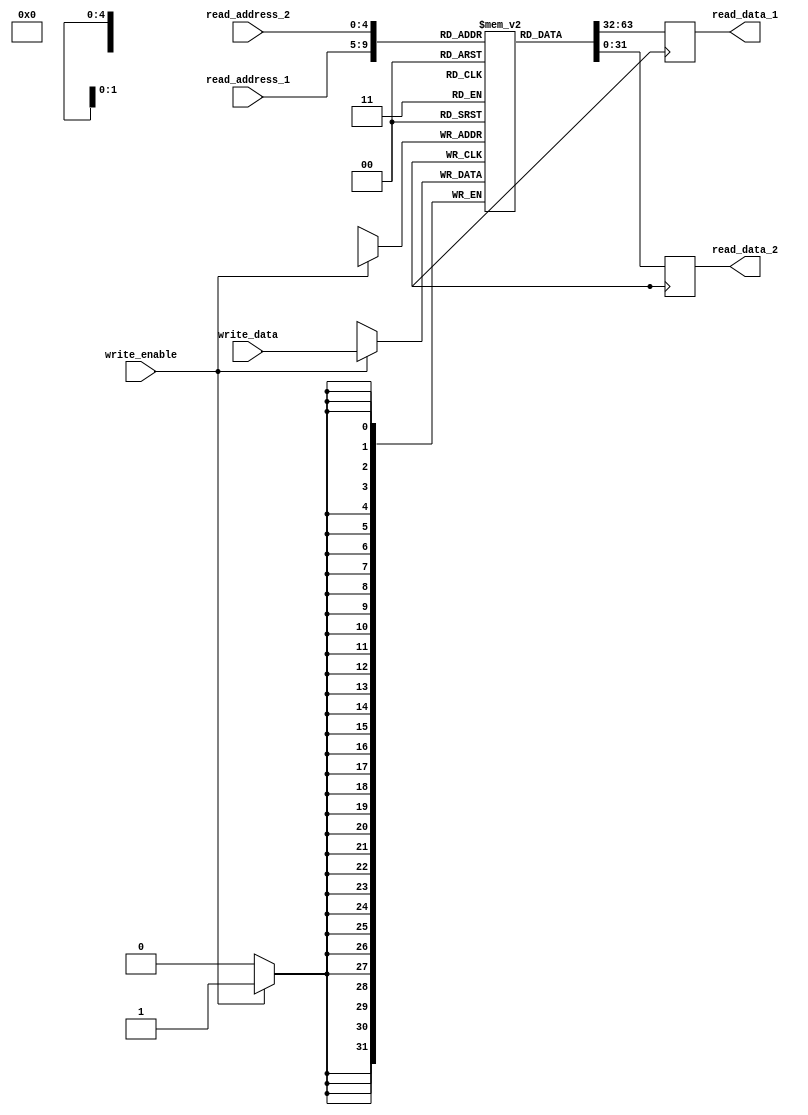
module register_file (
  input wire [31:0] write_data,
  input wire write_enable,
  input wire [4:0] read_address_1,
  input wire [4:0] read_address_2,
  output reg [31:0] read_data_1,
  output reg [31:0] read_data_2
);

  reg [31:0] registers [31:0]; // Create 32 32-bit registers
  
  always @(posedge clk) begin
    if (write_enable) begin
      registers[write_address] <= write_data;
    end
    read_data_1 <= registers[read_address_1];
    read_data_2 <= registers[read_address_2];
  end
  
endmodule